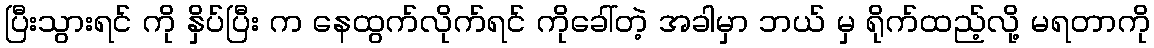
ပြီးသွားရင် ကို နှိပ်ပြီး က နေထွက်လိုက်ရင် ကိုခေါ်တဲ့ အခါမှာ ဘယ် မှ ရိုက်ထည့်လို့ မရတာကို